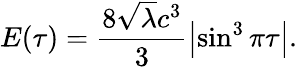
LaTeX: E(\tau)=\frac{8\sqrt{\lambda}c^{3}}{3}\left|\sin^{3}\pi\tau\right|.